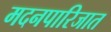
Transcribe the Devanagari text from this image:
मदनपारिजात